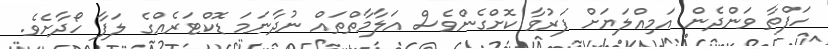
ހަފްތާ ވަންދެން އަމިއްލަޔަށް ފަރުވާ ކޮށްގެންވެސް އަލާމާތްތައް ނުދާނަމަ ޑޮކްޓަރެއްގެ ލަފާ ހޯދާށެވެ.